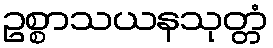
ဥစ္စာသယနသုတ္တံ